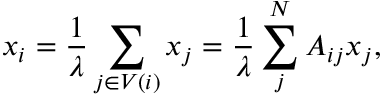
x _ { i } = \frac { 1 } { \lambda } \sum _ { j \in V ( i ) } x _ { j } = \frac { 1 } { \lambda } \sum _ { j } ^ { N } A _ { i j } x _ { j } ,